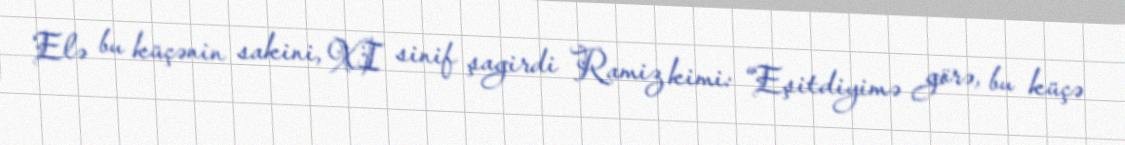
Elə bu küçənin sakini, XI sinif şagirdi Ramiz kimi: “Eşitdiyimə görə, bu küçə